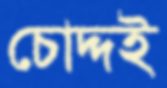
চোদ্দই